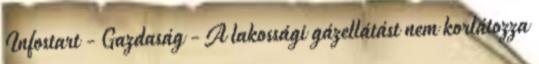
Infostart - Gazdaság - A lakossági gázellátást nem korlátozza